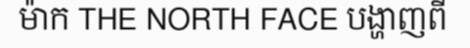
ម៉ាក THE NORTH FACE បង្ហាញពី